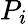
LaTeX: P_{i}